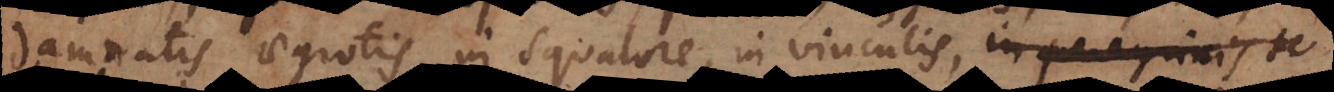
damnatis, aegrotis, in squalore, in vinculis, in peregrinis te